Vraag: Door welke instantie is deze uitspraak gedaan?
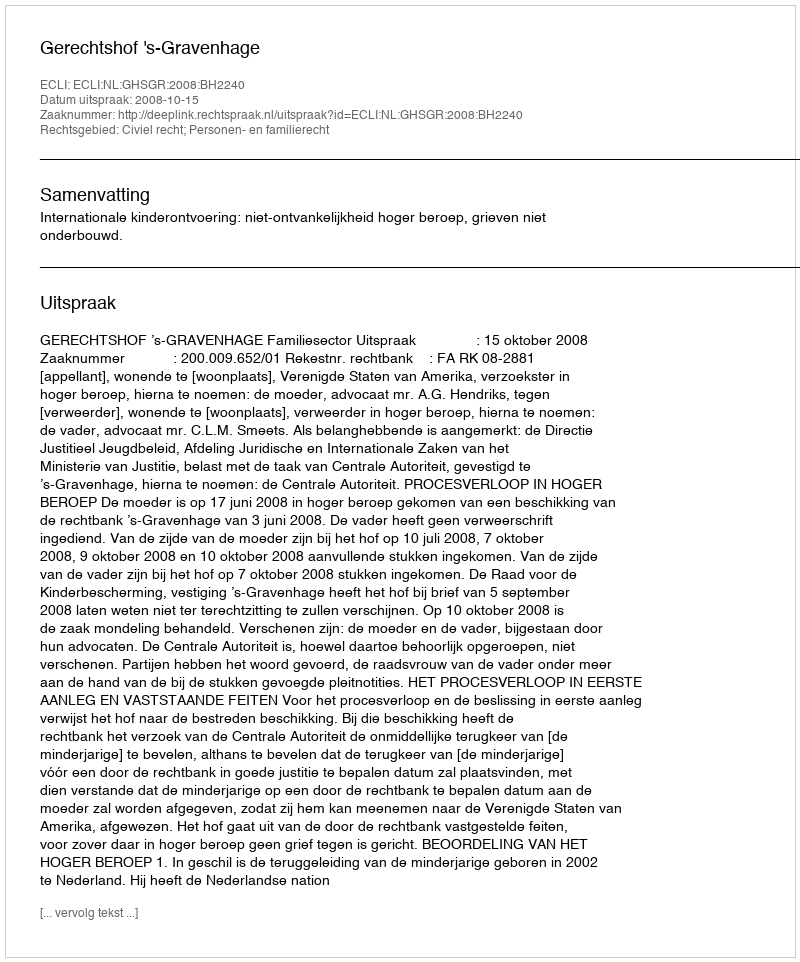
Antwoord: Gerechtshof 's-Gravenhage